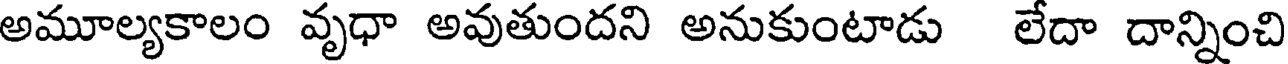
అమూల్యకాలం వృధా అవుతుందని అనుకుంటాడు లేదా దాన్నించి